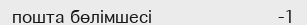
пошта бөлімшесі                     -1